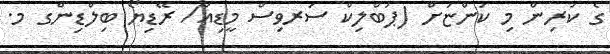
ގެ ކުރިން މި ކުންޏަށް (ޕަބްލިކް ސަރވިސް މީޑިއާ/ ރޭޑިޔޯ ބިލްޑިންގ މ.